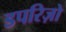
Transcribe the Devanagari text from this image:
डपरिज़ो